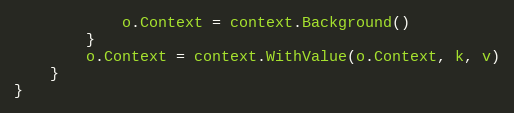
Language: Go
			o.Context = context.Background()
		}
		o.Context = context.WithValue(o.Context, k, v)
	}
}